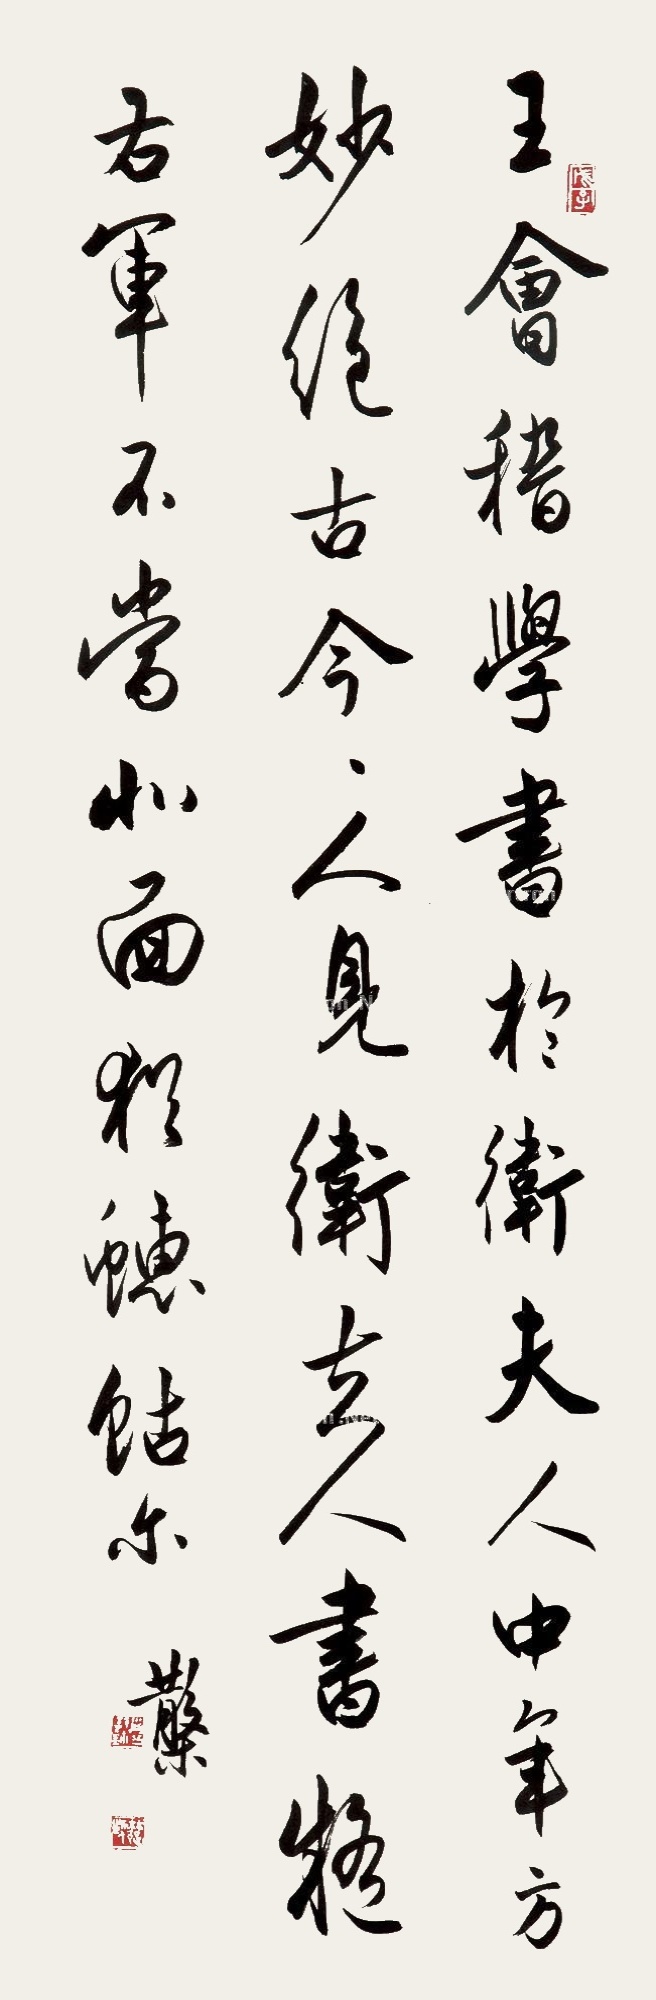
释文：王会稽学书于卫夫人，中年方绝妙古今，今人见卫夫人书，疑右军不当北面，独穗牯尔。散木。